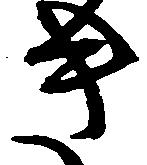
き